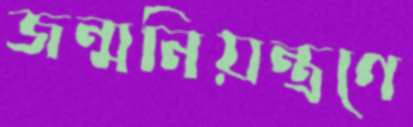
জন্মনিয়ন্ত্রণে